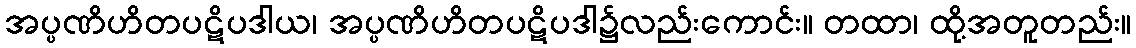
အပ္ပဏိဟိတပဋိပဒါယ၊ အပ္ပဏိဟိတပဋိပဒါ၌လည်းကောင်း။ တထာ၊ ထို့အတူတည်း။